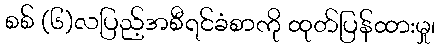
စစ် (၆)လပြည့်အစီရင်ခံစာကို ထုတ်ပြန်ထားမှု၊